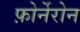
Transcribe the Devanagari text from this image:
फ़ोर्नेरोन